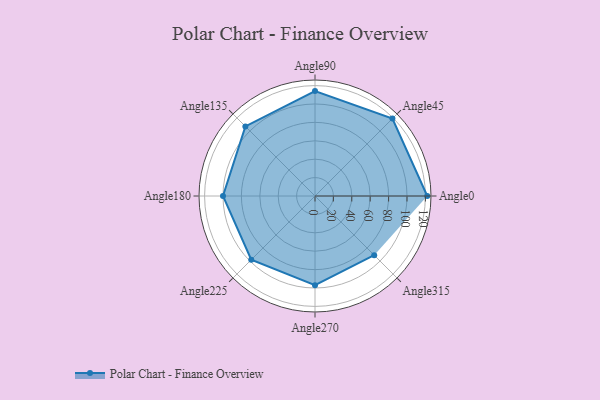
{"axis": {"x": "Angle", "y": "Radius"}, "legend": [""], "data": [{"x": "Angle0", "y": 122.0, "type": ""}, {"x": "Angle45", "y": 119.0, "type": ""}, {"x": "Angle90", "y": 114.0, "type": ""}, {"x": "Angle135", "y": 107.0, "type": ""}, {"x": "Angle180", "y": 100.0, "type": ""}, {"x": "Angle225", "y": 98.0, "type": ""}, {"x": "Angle270", "y": 97.0, "type": ""}, {"x": "Angle315", "y": 91.0, "type": ""}]}